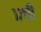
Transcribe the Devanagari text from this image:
१७ची